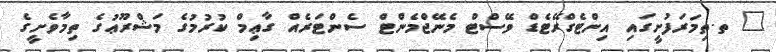
_ ތ.ތިމަރަފުށީގައި އިންޓެގްރޭޓެޑް ވޭސްޓް މެނޭޖްމެންޓް ސެންޓަރެއް ގާޢިމް ކުރުމުގެ މަޝްރޫޢުގެ ތިމާވެށީގެ